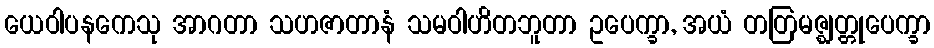
ယေဝါပနကေသု အာဂတာ သဟဇာတာနံ သမဝါဟိတဘူတာ ဥပေက္ခာ, အယံ တတြမဇ္ဈတ္တုပေက္ခာ